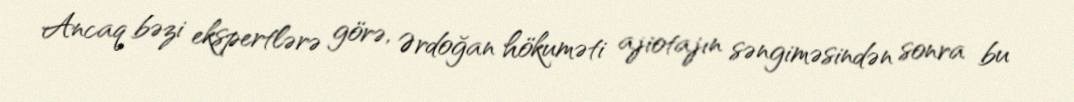
Ancaq bəzi ekspertlərə görə, Ərdoğan hökuməti ajiotajın səngiməsindən sonra bu